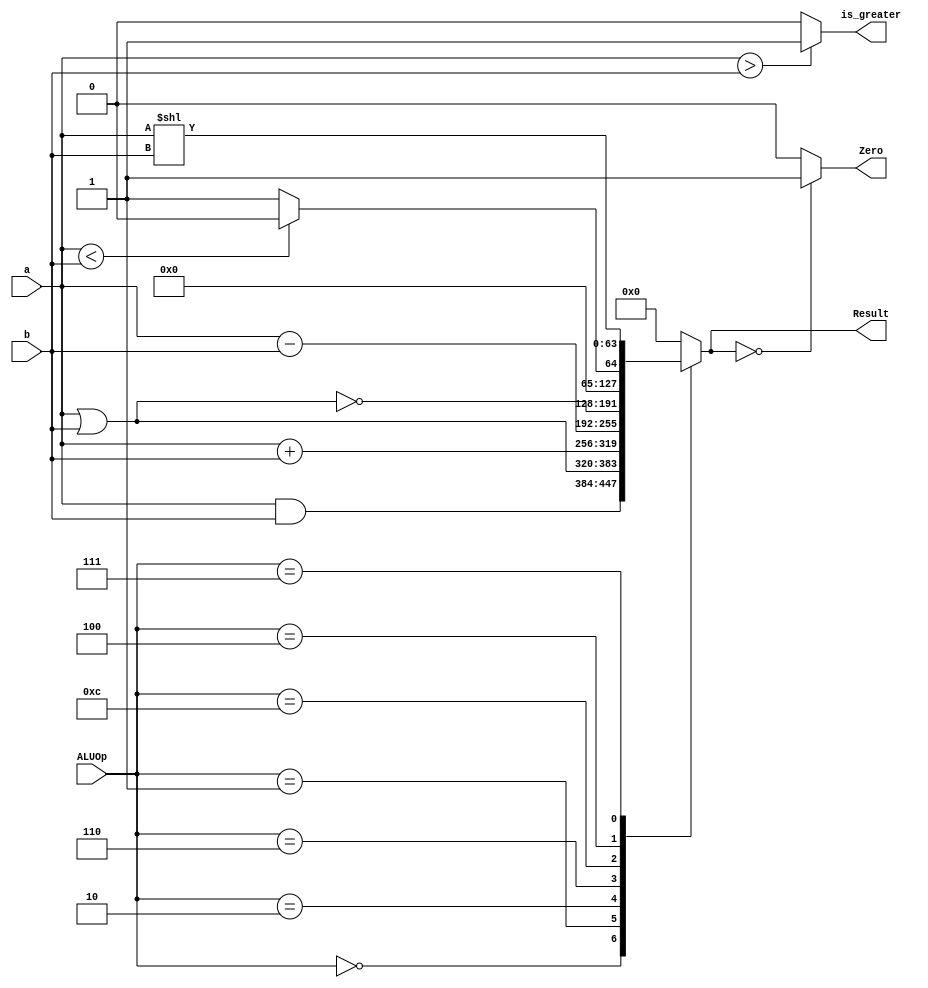

module alu_64
(
    input [63:0] a, b,
    input [3:0] ALUOp,
    output reg [63:0] Result,
    output reg Zero,
    output reg is_greater
);
    localparam [3:0]
    AND = 4'b0000,
    OR	= 4'b0001,
    ADD	= 4'b0010,
    Sub	= 4'b0110,
    NOR = 4'b1100,
    Lesser=4'b0100,
    LeftShift=4'b0111;
    assign ZERO = (Result == 0);
    
    always @ (ALUOp, a, b)
    begin
        case (ALUOp)
            AND: Result = a & b;
            OR:	 Result = a | b;
            ADD: Result = a + b;
            Sub: Result = a - b;
            NOR: Result = ~(a | b);
            Lesser: Result = ( a < b)? 0: 1;
            LeftShift: Result = a << b; // for left shifting all values
            default: Result = 0;
        endcase
         // Check if the Result is zero
        Zero = (Result == 64'd0) ? 1'b1 : 1'b0;

        // Check if a is greater than b
        is_greater = (a > b) ? 1'b1 : 1'b0;
    end
    
endmodule